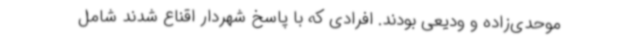
موحدی‌زاده و ودیعی بودند. افرادی که با پاسخ شهردار اقناع شدند شامل